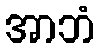
အာဘံ